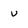
Character: u